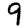
Digit: 9